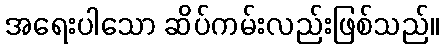
အရေးပါသော ဆိပ်ကမ်းလည်းဖြစ်သည်။